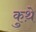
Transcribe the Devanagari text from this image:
कुथ़े